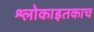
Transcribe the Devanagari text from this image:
श्लोकाइतकाच